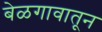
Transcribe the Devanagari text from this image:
बेळगावातून